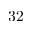
3 2